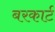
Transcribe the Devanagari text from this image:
बरकार्ट